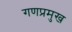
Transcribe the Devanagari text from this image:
गणप्रमुख